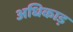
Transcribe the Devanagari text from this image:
अधिकाड़